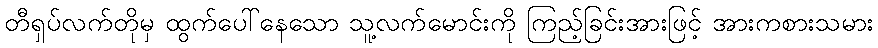
တီရှပ်လက်တိုမှ ထွက်ပေါ်နေသော သူ့လက်မောင်းကို ကြည့်ခြင်းအားဖြင့် အားကစားသမား